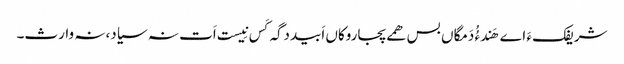
شریفک ءَ اے ھَندءُُ دَمگاں بس ھمے پجاروکاں اَبیددگہ کَس نِیست اَت نہ سیاد،نہ وارث۔